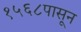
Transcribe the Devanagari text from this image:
१५६८पासून